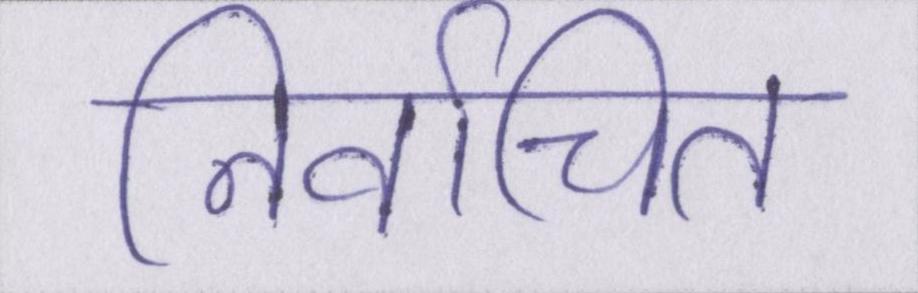
निर्वाचित